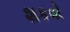
શકવો